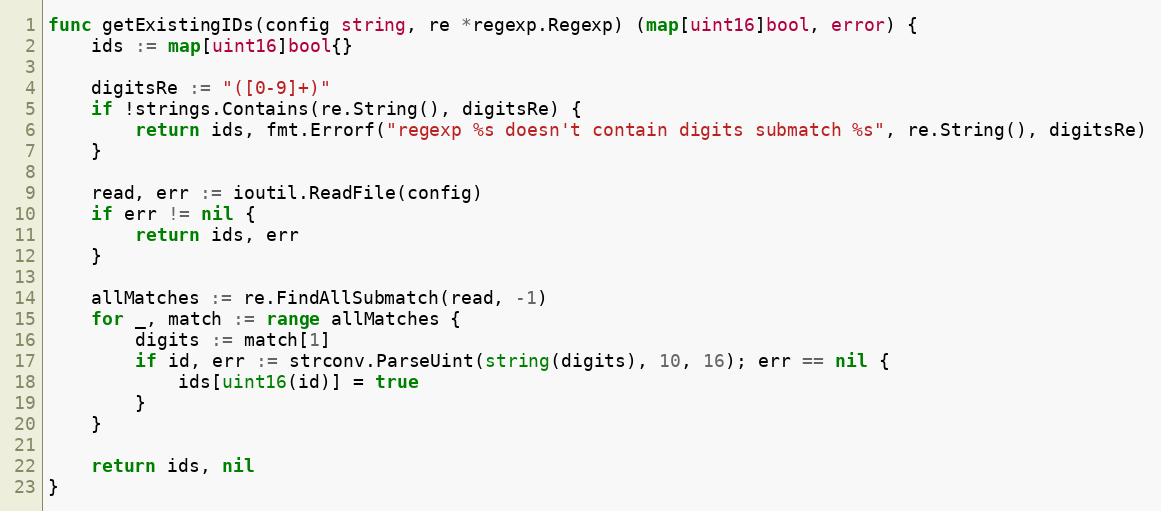
Language: Go
func getExistingIDs(config string, re *regexp.Regexp) (map[uint16]bool, error) {
	ids := map[uint16]bool{}

	digitsRe := "([0-9]+)"
	if !strings.Contains(re.String(), digitsRe) {
		return ids, fmt.Errorf("regexp %s doesn't contain digits submatch %s", re.String(), digitsRe)
	}

	read, err := ioutil.ReadFile(config)
	if err != nil {
		return ids, err
	}

	allMatches := re.FindAllSubmatch(read, -1)
	for _, match := range allMatches {
		digits := match[1]
		if id, err := strconv.ParseUint(string(digits), 10, 16); err == nil {
			ids[uint16(id)] = true
		}
	}

	return ids, nil
}